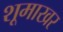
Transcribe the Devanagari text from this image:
शूमाखर